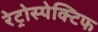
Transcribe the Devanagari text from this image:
रेट्रोस्‍पेक्टिफ